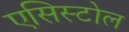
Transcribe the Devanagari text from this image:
एसिस्टोल